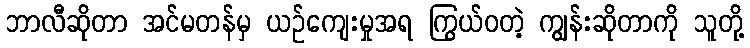
ဘာလီဆိုတာ အင်မတန်မှ ယဉ်ကျေးမှုအရ ကြွယ်ဝတဲ့ ကျွန်းဆိုတာကို သူတို့